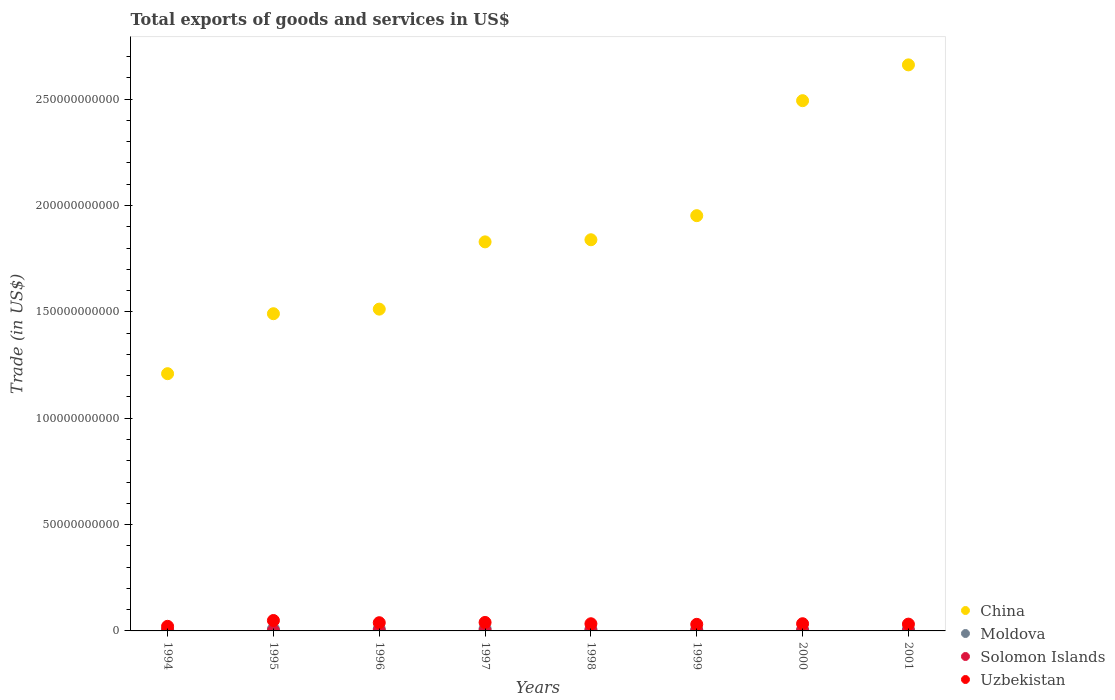
| Years | China | Moldova | Solomon Islands | Uzbekistan |
 | --- | --- | --- | --- | --- |
 | 1994 | 1.21e+11 | 6.51e+08 | 1.71e+08 | 2.16e+09 |
 | 1995 | 1.49e+11 | 8.65e+08 | 1.88e+08 | 4.9e+09 |
 | 1996 | 1.51e+11 | 9.37e+08 | 1.95e+08 | 3.86e+09 |
 | 1997 | 1.83e+11 | 1.06e+09 | 2.2e+08 | 3.99e+09 |
 | 1998 | 1.84e+11 | 7.96e+08 | 1.71e+08 | 3.37e+09 |
 | 1999 | 1.95e+11 | 6.1e+08 | 1.72e+08 | 3.1e+09 |
 | 2000 | 2.49e+11 | 6.41e+08 | 1.05e+08 | 3.38e+09 |
 | 2001 | 2.66e+11 | 7.38e+08 | 6.61e+07 | 3.2e+09 |